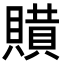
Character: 𧷻